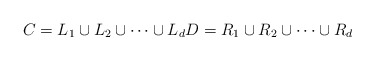
\begin{align*}C=L_1\cup L_2 \cup \cdots \cup L_dD=R_1\cup R_2 \cup \cdots \cup R_d\end{align*}